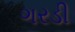
ગરડી